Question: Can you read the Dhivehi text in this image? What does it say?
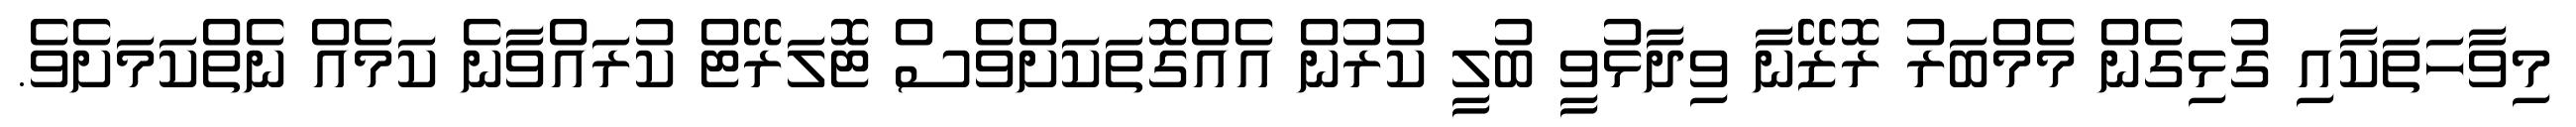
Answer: މިވާހަތަކާއި ގުޅިގެން މެމްބަރު ރޮޒޭނާ ވިދާޅުވީ ބުލީ ކުރުން އެއްގޮތަކަށްވެސް ޓޮލަރޭޓް ކުރައްވާނެ ކަމެއް ނެތްކަމަށެވެ.